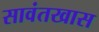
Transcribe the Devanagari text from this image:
सावंतखास